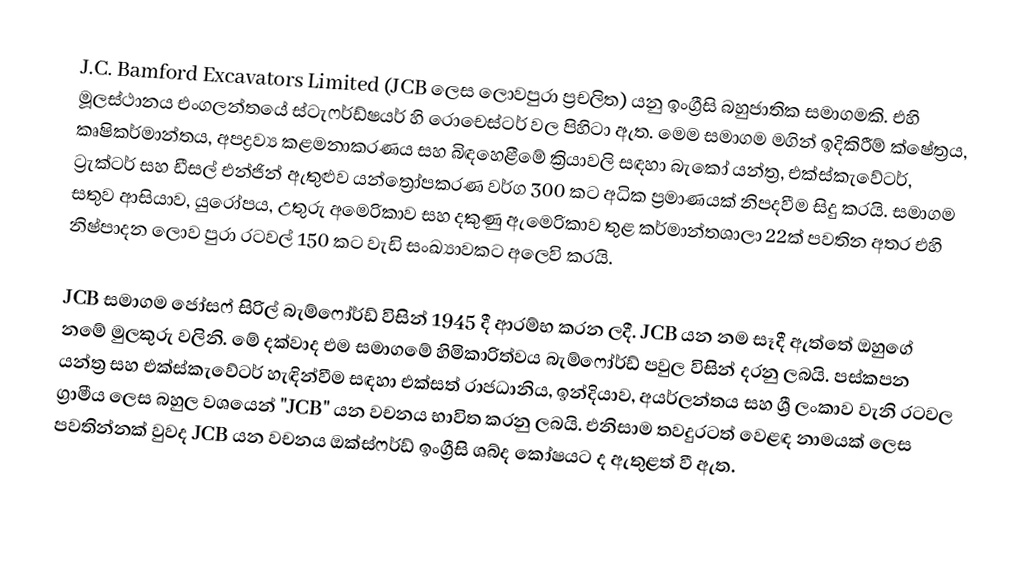
J.C. Bamford Excavators Limited (JCB ලෙස ලොවපුරා ප්‍රචලිත) යනු ඉංග්‍රීසි බහුජාතික සමාගමකි. එහි මූලස්ථානය එංගලන්තයේ ස්ටැෆර්ඩ්ෂයර් හි රොචෙස්ටර් වල පිහිටා ඇත. මෙම සමාගම මගින් ඉදිකිරීම් ක්ෂේත්‍රය, කෘෂිකර්මාන්තය, අපද්‍රව්‍ය කළමනාකරණය සහ බිඳහෙළීමේ ක්‍රියාවලි සඳහා බැකෝ යන්ත්‍ර, එක්ස්කැවේටර්, ට්‍රැක්ටර් සහ ඩීසල් එන්ජින් ඇතුළුව යන්ත්‍රෝපකරණ වර්ග 300 කට අධික ප්‍රමාණයක් නිපදවීම සිදු කරයි. සමාගම සතුව ආසියාව, යුරෝපය, උතුරු අමෙරිකාව සහ දකුණු ඇමෙරිකාව තුළ කර්මාන්තශාලා 22ක් පවතින අතර එහි නිෂ්පාදන ලොව පුරා රටවල් 150 කට වැඩි සංඛ්‍යාවකට අලෙවි කරයි.

JCB සමාගම ජෝසෆ් සිරිල් බැම්ෆෝර්ඩ් විසින් 1945 දී ආරම්භ කරන ලදී. JCB යන නම සෑදී ඇත්තේ ඔහුගේ නමේ මුලකුරු වලිනි. මේ දක්වාද එම සමාගමේ හිමිකාරිත්වය බැම්ෆෝර්ඩ් පවුල විසින් දරනු ලබයි. පස්කපන යන්ත්‍ර සහ එක්ස්කැවේටර් හැඳින්වීම සඳහා එක්සත් රාජධානිය, ඉන්දියාව, අයර්ලන්තය සහ ශ්‍රී ලංකාව වැනි රටවල ග්‍රාමීය ලෙස බහුල වශයෙන් "JCB" යන වචනය භාවිත කරනු ලබයි. එනිසාම තවදුරටත් වෙළඳ නාමයක් ලෙස පවතින්නක් වුවද JCB යන වචනය ඔක්ස්ෆර්ඩ් ඉංග්‍රීසි ශබ්ද කෝෂයට ද ඇතුළත් වී ඇත.